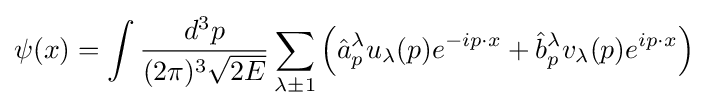
\psi (x)=\int {{\frac {d^{3}p}{(2\pi )^{3}{\sqrt {2E}}}}\sum _{\lambda \pm 1}{\left({\hat {a}}_{p}^{\lambda }u_{\lambda }(p)e^{-ip\cdot x}+{\hat {b}}_{p}^{\lambda }v_{\lambda }(p)e^{ip\cdot x}\right)}}